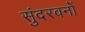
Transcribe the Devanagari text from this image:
सुंदरवनों